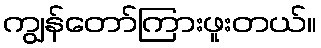
ကျွန်တော်ကြားဖူးတယ်။